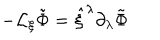
- { \cal L } _ { \xi } \tilde { \Phi } = \hat { \xi } ^ { \lambda } \partial _ { \lambda } \tilde { \Phi }